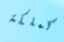
كملكة